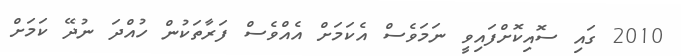
2010 ގައި ސޮއިކޮށްފައިވީ ނަމަވެސް އެކަމަށް އެއްވެސް ފަރާތަކުން ހުއްދަ ނުދޭ ކަމަށް